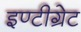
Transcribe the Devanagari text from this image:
इण्टीग्रेट